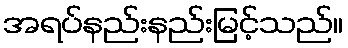
အရပ်နည်းနည်းမြင့်သည်။